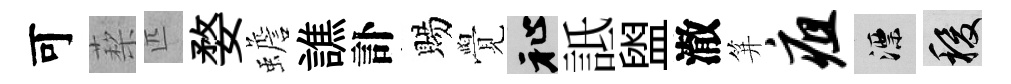
可蔾匹婺蟾譙訃賜覺祉詆盥澈笄疽漂稷